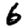
Digit: 6